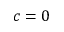
c = 0